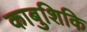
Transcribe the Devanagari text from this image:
काबुशिकि